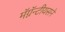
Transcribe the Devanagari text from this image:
मॅग्नॅन्टीयसने